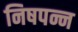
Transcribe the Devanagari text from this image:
निषपन्न